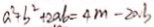
a ^ { 2 } + b ^ { 2 } + 2 a b = 4 m - 2 a b